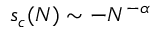
s _ { c } ( N ) \sim - N ^ { - \alpha }